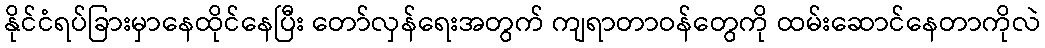
နိုင်ငံရပ်ခြားမှာနေထိုင်နေပြီး တော်လှန်ရေးအတွက် ကျရာတာဝန်တွေကို ထမ်းဆောင်နေတာကိုလဲ